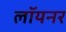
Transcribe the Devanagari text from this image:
लॉयनर